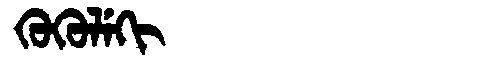
Manchu: ᡴᡠᡴᡠᠯᡝᡴᡳ
Romanization: KUKULEKI